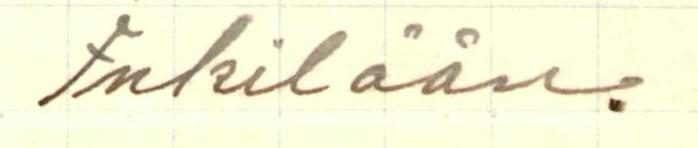
Inkilään.